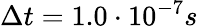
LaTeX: \Delta t=1.0\cdot 10^{-7}s